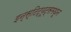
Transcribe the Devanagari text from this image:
इन्स्टिट्यूट्समधून